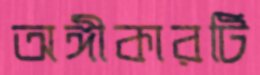
অঙ্গীকারটি